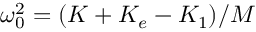
\omega _ { 0 } ^ { 2 } = ( K + K _ { e } - K _ { 1 } ) / M